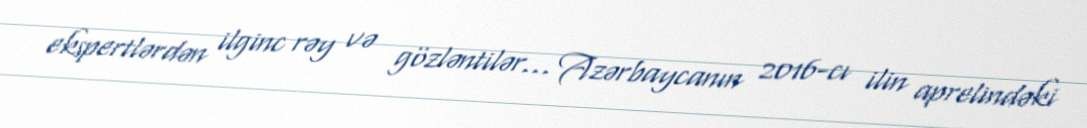
ekspertlərdən ilginc rəy və gözləntilər... Azərbaycanın 2016-cı ilin aprelindəki